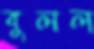
বুলল